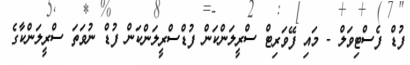
ފުޑް ފެސްޓިވަލް - މައި ފޭވަރިޓް ސްރީލަންކަން ފުޑްސްރީލަންކަން ފުޑް ނުވަތަ ސްރީލަންކާގެ